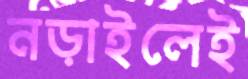
নড়াইলেই